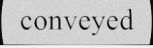
conveyed